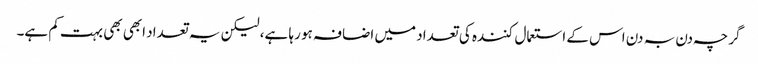
گرچہ دن بہ دن اس کے استعمال کنندہ کی تعداد میں اضافہ ہو رہا ہے، لیکن یہ تعداد ابھی بھی بہت کم ہے۔